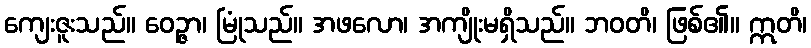
ကျေးဇူးသည်။ ဝေဉ္ဇာ၊ မြုံသည်။ အဖလော၊ အကျိုးမရှိသည်။ ဘဝတိ၊ ဖြစ်၏။ ဣတိ၊